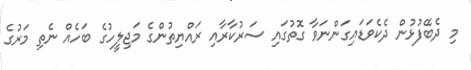
މި ދެބޭފުޅުން ދެކެވަޑައިގަންނަވާ ގޮތުގައި ސަރުކާރާއި ރައްޔިތުންގެ މަޖިލީހުގެ ބަހެއް ނެތި މަރުގެ